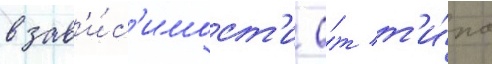
в зав'и́с'имост'и о́т т'и́па